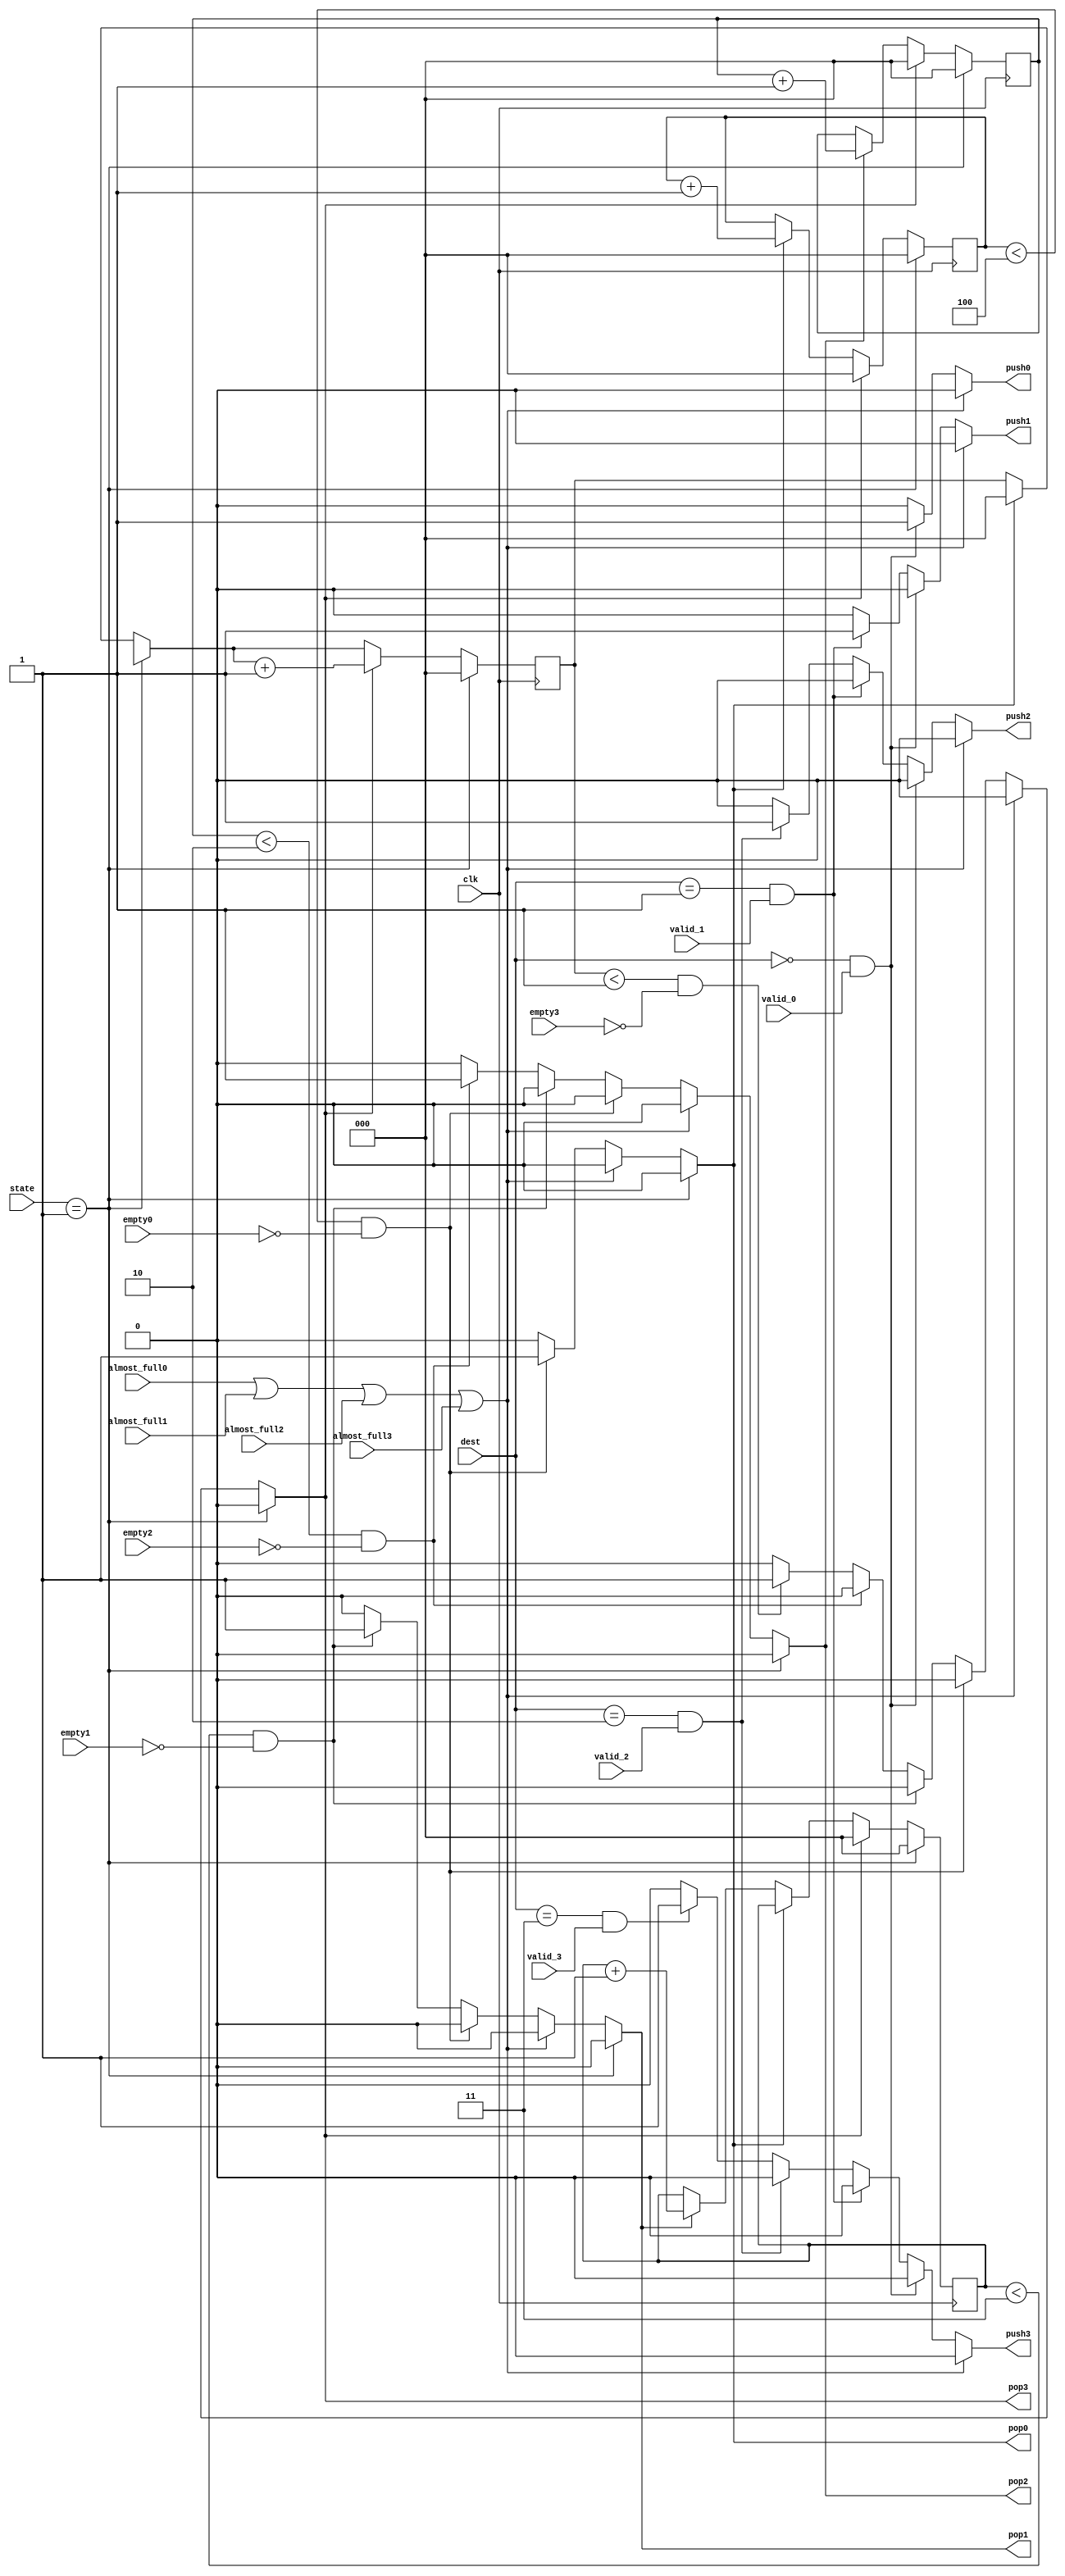
module arbitro_1(
    input clk,
    input almost_full0,
    input almost_full1,
    input almost_full2,
    input almost_full3,
    input empty0,
    input empty1,
    input empty2,
    input empty3,
    input wire[1:0] dest,
    input valid_0,
    input valid_1,
    input valid_2,
    input valid_3,
    input [3:0] state,
    output reg pop0,
    output reg pop1,
    output reg pop2,
    output reg pop3,
    output reg push0,
    output reg push1,
    output reg push2,
    output reg push3
);
reg [2:0] contador0;
reg [2:0] contador1;
reg [2:0] contador2;
reg [2:0] contador3;
//Lgica de prioridades

always@(*)begin
  pop0=0;
  pop1=0;
  pop2=0;
  pop3=0;
    if(state == 4'b0001)begin
        pop0=0;
        pop1=0;
        pop2=0;
        pop3=0;
    end else begin
      if (almost_full0 == 1 || almost_full1 == 1 || almost_full2 == 1 || almost_full3 == 1) begin
        pop0=0;
        pop1=0;
        pop2=0;
        pop3=0;
      end else
      if (contador0 < 4 && empty0 == 0) begin
        pop0 = 1;
      end else
      if (contador1 < 3 && empty1 == 0) begin
        pop1 = 1;
      end else
      if (contador2 < 2 && empty2 == 0) begin
        pop2 = 1;
      end else
      if (contador3 < 1 && empty3 == 0) begin
        pop3 = 1;
      end
    end
end

always@(*)begin
    push0=0;
    push1=0;
    push2=0;
    push3=0;
    if (almost_full0 == 1 || almost_full1 == 1 || almost_full2 == 1 || almost_full3 == 1) begin
      push0=0;
      push1=0;
      push2=0;
      push3=0;
    end else
     if (dest == 0 && valid_0 == 1 ) begin
       push0 = 1;
     end else
     if (dest == 1 && valid_1 == 1 ) begin
       push1 = 1;
     end else
     if (dest == 2 && valid_2 == 1) begin
       push2 = 1;
     end else
     if (dest == 3 && valid_3 == 1) begin
       push3 = 1;
     end
end

always@(posedge clk)begin
    if (state == 4'b0001 ) begin
      contador0 <= 0;
      contador1 <= 0;
      contador2 <= 0;
      contador3 <= 0;

    end else begin
      if (pop0 == 1) begin
        contador0 = contador0 + 1;
        contador3 = 0;
      end else
      if (pop1 == 1) begin
        contador1 = contador1 + 1;
      end
      if (pop2 == 1) begin
        contador2 = contador2 + 1;
      end
      if (pop3 == 1) begin
        contador3 = contador3 + 1;
        contador1 = 0;
        contador2 = 0;
        contador0 = 0;
      end
    end
end

endmodule